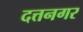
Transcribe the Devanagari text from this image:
दत्तनगर